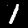
Label: 1